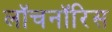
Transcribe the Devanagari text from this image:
लॉचनॉरिस